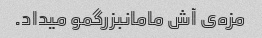
مزه‌ی آش مامانبزرگمو میداد.